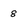
Character: 8